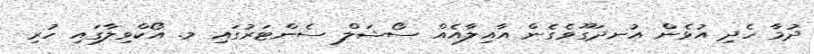
ދުމާ ހެދި އުޅެން އުނދަގޫވެގެން އާއިލާއެއް ސޯޝަލް ސެންޓަރުގައި މ. އޯކްވިލާގައި ހުރި